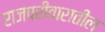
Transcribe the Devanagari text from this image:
राजपरीवारातील